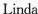
Linda